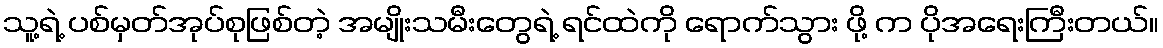
သူ့ရဲ့ ပစ်မှတ်အုပ်စုဖြစ်တဲ့ အမျိုးသမီးတွေရဲ့ ရင်ထဲကို ရောက်သွား ဖို့ က ပိုအရေးကြီးတယ်။